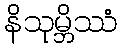
နိသုမ္ဘိဿံ